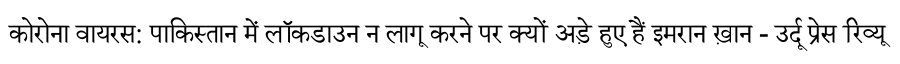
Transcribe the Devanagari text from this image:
कोरोना वायरस: पाकिस्तान में लॉकडाउन न लागू करने पर क्यों अड़े हुए हैं इमरान ख़ान - उर्दू प्रेस रिव्यू